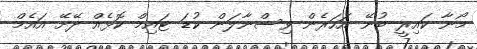
މޯނާ ކައިރީ ބުނޭ އަހަރެން ވިސްނާލަން ކުޑަ ޓައިމް ކޮޅެއް ދޭށޭ އައެމް